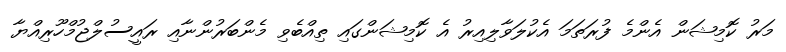
މަރު ކޮމިޝަން އެންމެ ފުރަތަމަ އެކުލަވާލިއިރު އެ ކޮމިޝަންގައި ތިއްބެވި މެންބަރުންނާއި ރައީސުލްޖުމްހޫރިއްޔާ